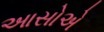
આસોએ